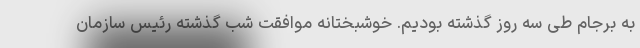
به برجام طی سه روز گذشته بودیم. خوشبختانه موافقت شب گذشته رئیس سازمان